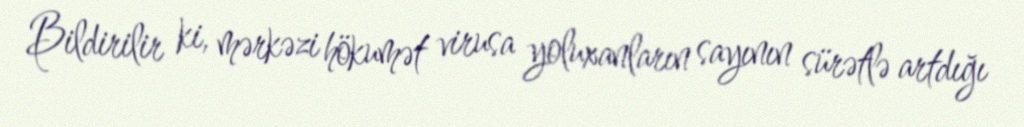
Bildirilir ki, mərkəzi hökumət virusa yoluxanların sayının sürətlə artdığı